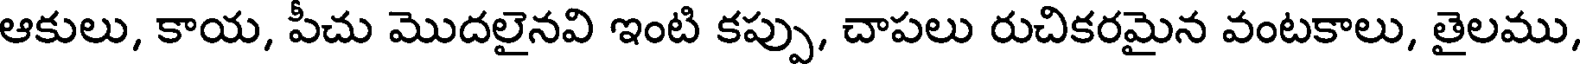
ఆకులు, కాయ, పీచు మొదలైనవి ఇంటి కప్పు, చాపలు రుచికరమైన వంటకాలు, తైలము,